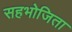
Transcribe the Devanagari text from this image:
सहभोजिता